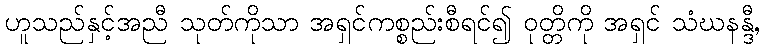
ဟူသည်နှင့်အညီ သုတ်ကိုသာ အရှင်ကစ္စည်းစီရင်၍ ဝုတ္တိကို အရှင် သံဃနန္ဒီ,